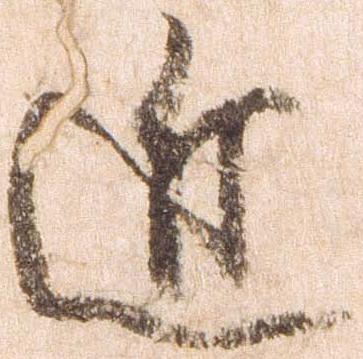
近